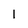
Character: l